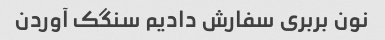
نون بربری سفارش دادیم سنگک آوردن